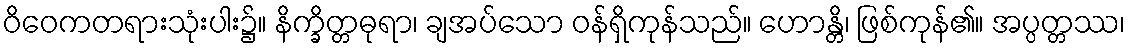
ဝိဝေကတရားသုံးပါး၌။ နိက္ခိတ္တဓုရာ၊ ချအပ်သော ဝန်ရှိကုန်သည်။ ဟောန္တိ၊ ဖြစ်ကုန်၏။ အပ္ပတ္တဿ၊